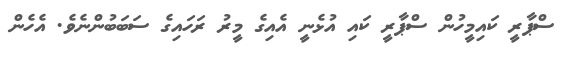
ސްޕާރީ ކައިމީހުން ސްޕާރީ ކައި އުޅެނީ އެއިގެ މީރު ރަހައިގެ ސަބަބުންނެވެ. އެހެން